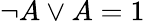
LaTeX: \neg A\lor A=1